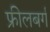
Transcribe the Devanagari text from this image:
फ्रीलबर्ग